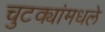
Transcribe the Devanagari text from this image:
चुटक्यांमधले